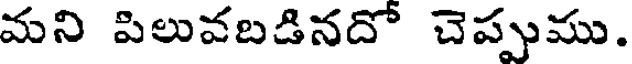
మని పిలువబడినదో చెప్పుము.